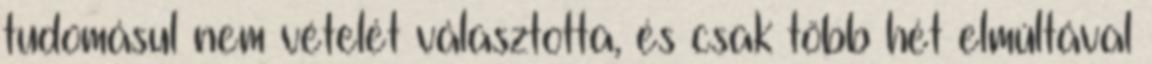
tudomásul nem vételét választotta, és csak több hét elmúltával